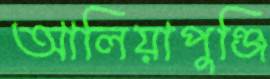
আলিয়াপুঞ্জি